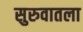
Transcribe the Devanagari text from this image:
सुरुवातला